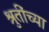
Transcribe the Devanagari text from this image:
श्रुतींच्या